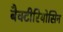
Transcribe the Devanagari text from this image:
बैक्टीरियोसिन